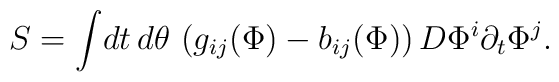
S = \int \! dt \, d\theta \, \left(g_{ij} (\Phi) - b_{ij} (\Phi)\right)         D\Phi^i\partial_t \Phi^j.